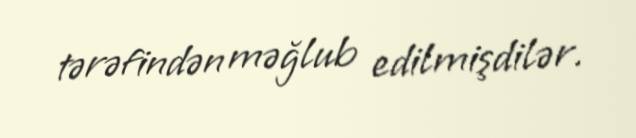
tərəfindən məğlub edilmişdilər.